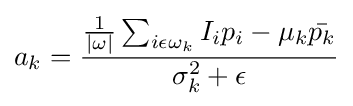
a_{k}={\frac {{\frac {1}{\left|\omega \right|}}\sum _{i\epsilon \omega _{k}}I_{i}p_{i}-\mu _{k}{\bar {p_{k}}}}{\sigma _{k}^{2}+\epsilon }}